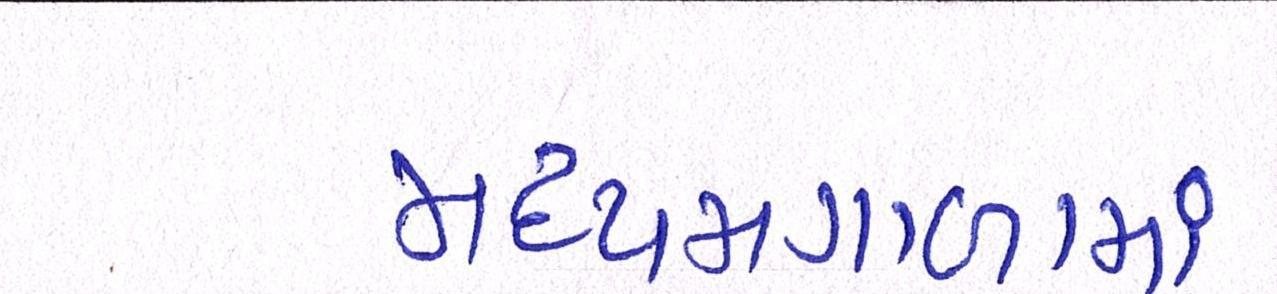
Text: મધ્યમગાળામાં